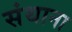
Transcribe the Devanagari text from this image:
संथाना